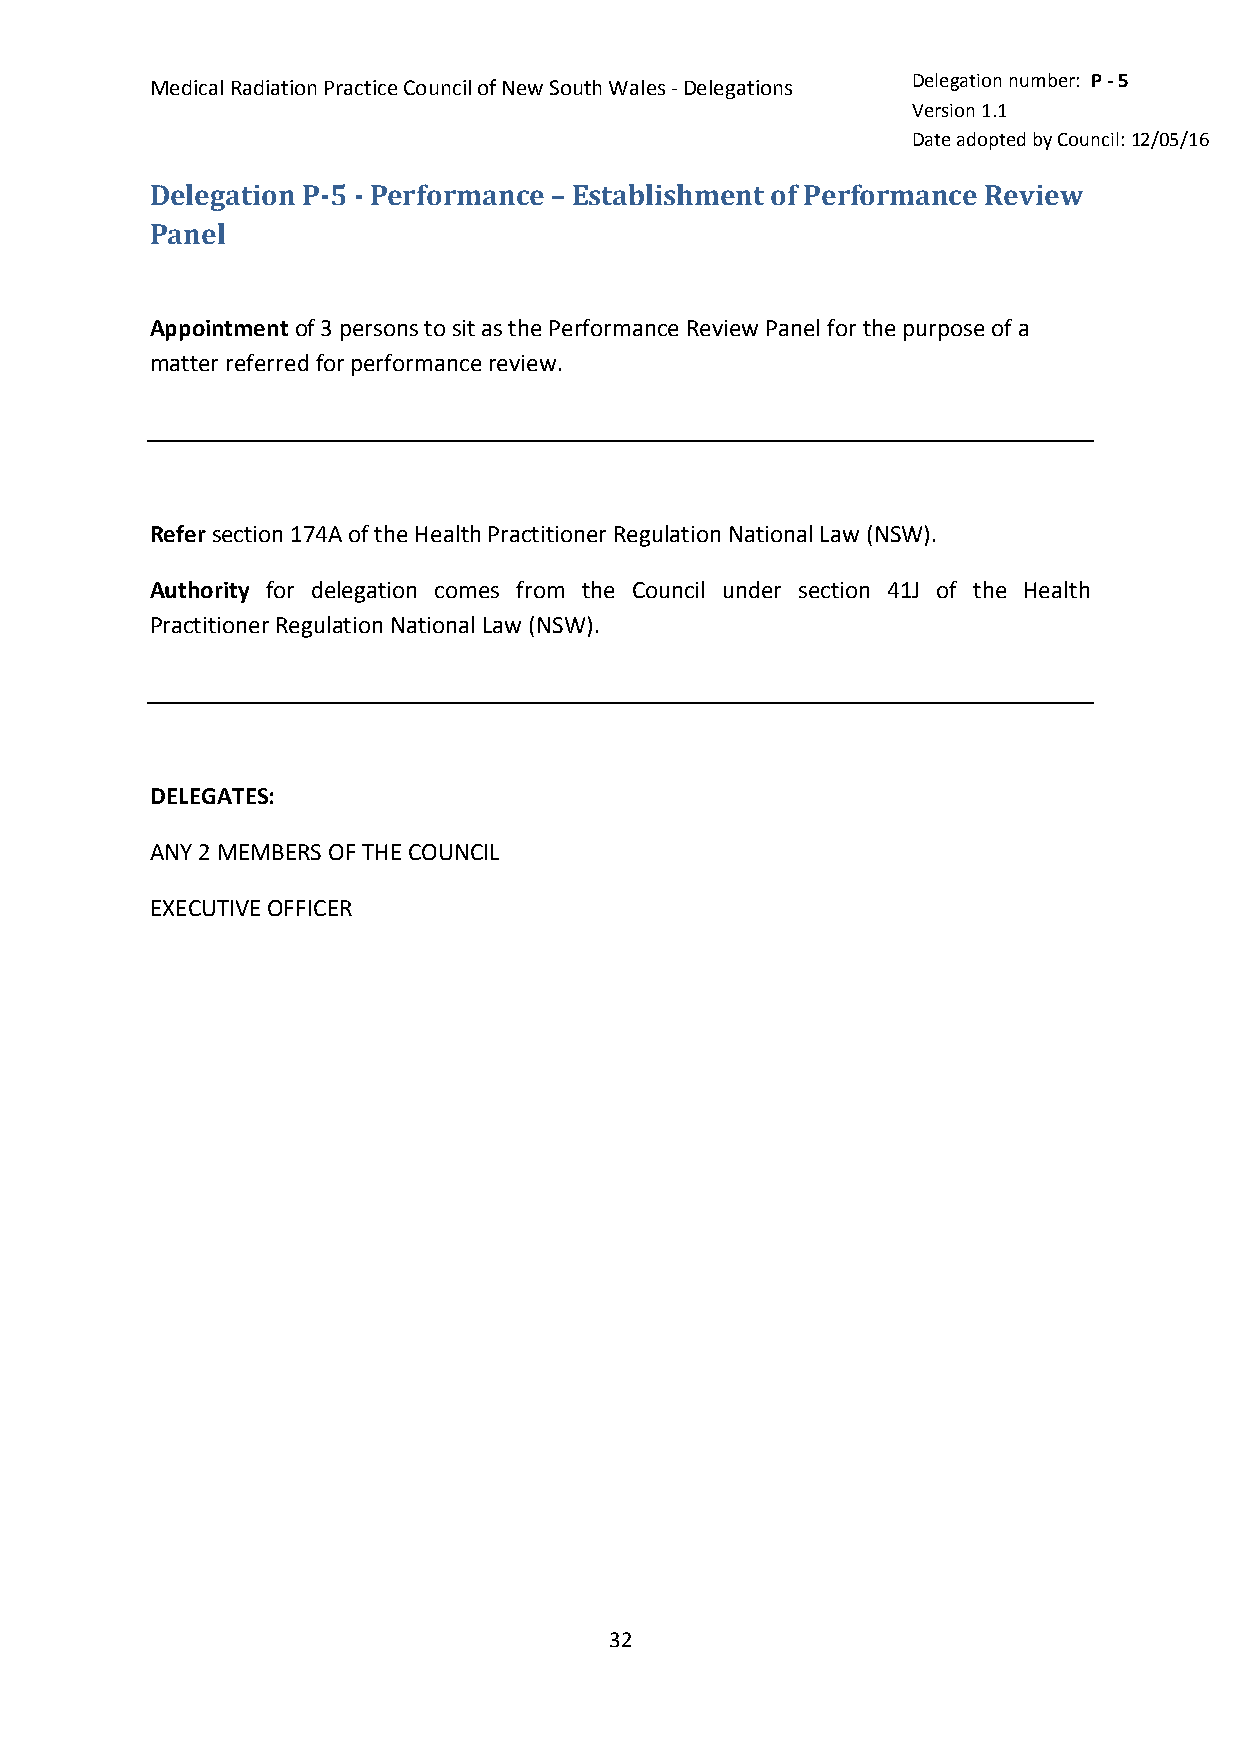
Delegation number: P - 5
 Medical Radiation Practice Council of New South Wales - Delegations
 Version 1.1
 Date adopted by Council: 12/05/16
 Delegation P-5 - Performance – Establishment of Performance Review
 Panel
 Appointment of 3 persons to sit as the Performance Review Panel for the purpose of a
 matter referred for performance review.
 Refer section 174A of the Health Practitioner Regulation National Law (NSW).
 Authority for delegation comes from the Council under section 41J of the Health
 Practitioner Regulation National Law (NSW).
 DELEGATES:
 ANY 2 MEMBERS OF THE COUNCIL
 EXECUTIVE OFFICER
 32